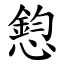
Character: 憌